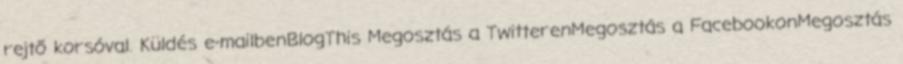
rejtő korsóval. Küldés e-mailbenBlogThis Megosztás a TwitterenMegosztás a FacebookonMegosztás